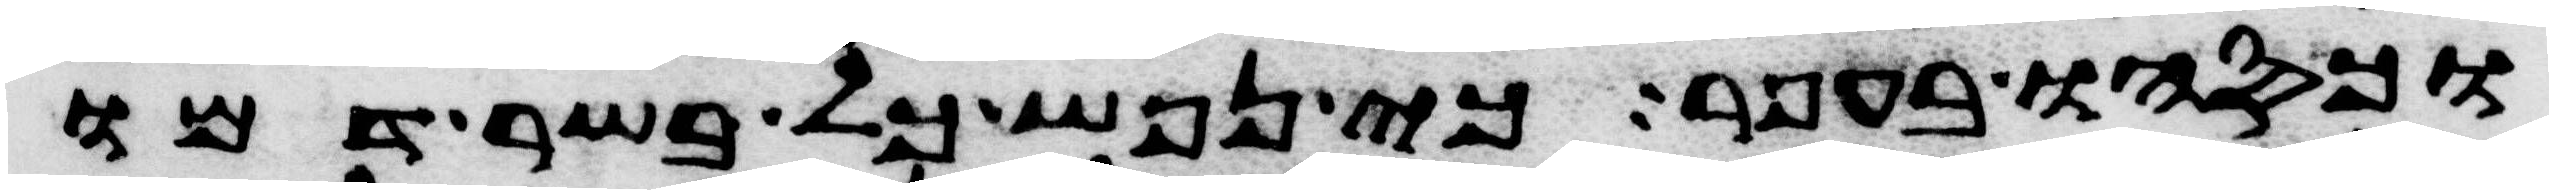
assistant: וכסהו בעפר כי נפש כל בשר דמו